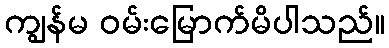
ကျွန်မ ဝမ်းမြောက်မိပါသည်။